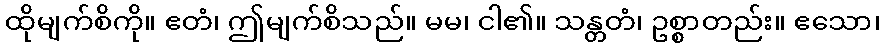
ထိုမျက်စိကို။ ဧတံ၊ ဤမျက်စိသည်။ မမ၊ ငါ၏။ သန္တတံ၊ ဥစ္စာတည်း။ ဧသော၊